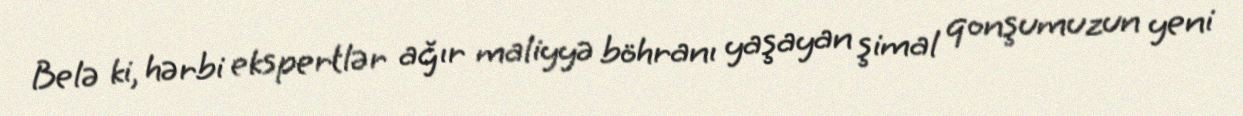
Belə ki, hərbi ekspertlər ağır maliyyə böhranı yaşayan şimal qonşumuzun yeni